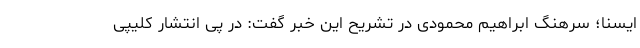
ایسنا؛ سرهنگ ابراهیم محمودی در تشریح این خبر گفت: در پی انتشار کلیپی